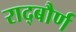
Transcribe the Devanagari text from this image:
राद्बौर्ण